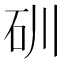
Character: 𥐣